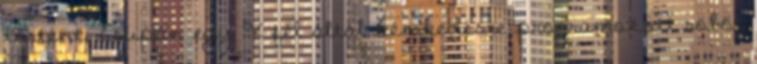
történt, csupán egy X fél által kémkedésre programozott robot